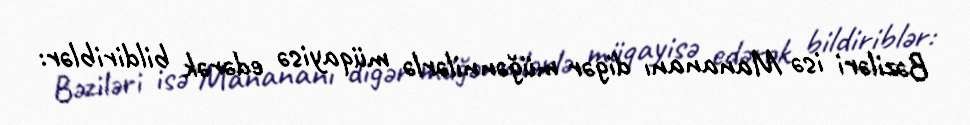
Bəziləri isə Manananı digər müğənnilərlə müqayisə edərək bildiriblər: